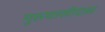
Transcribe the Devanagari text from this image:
गुरूघासीदास